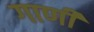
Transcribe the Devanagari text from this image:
गाणीं